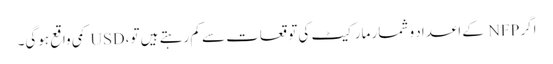
اگر NFP کے اعداد و شمار مارکیٹ کی توقعات سے کم رہتے ہیں تو، USD کمی واقع ہوگی۔